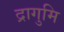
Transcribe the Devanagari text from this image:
द्रागुमि